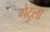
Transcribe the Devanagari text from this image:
गेटुला